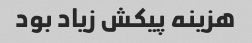
هزینه پیکش زیاد بود